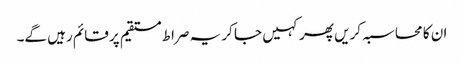
ان کا محاسبہ کریں پھر کہیں جا کر یہ صراط مستقیم پر قائم رہیں گے۔